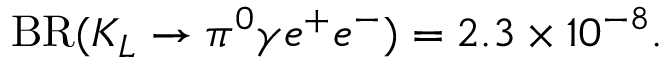
\mathrm { B R } ( K _ { L } \rightarrow \pi ^ { 0 } \gamma e ^ { + } e ^ { - } ) = 2 . 3 \times 1 0 ^ { - 8 } .